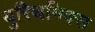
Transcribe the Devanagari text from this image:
युरिथमिक्स